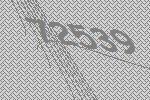
72539